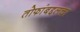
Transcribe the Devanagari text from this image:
तोफांबद्दलचा